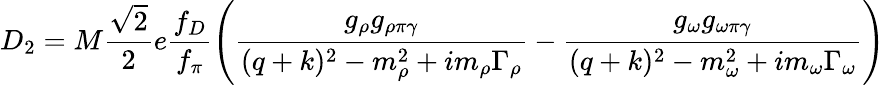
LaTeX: D_{2}=M\frac{\sqrt{2}}{2}e\frac{f_{D}}{f_{\pi}}\left(\frac{g_{\rho}g_{\rho\pi\gamma}}{(q+k)^{2}-m_{\rho}^{2}+im_{\rho}\Gamma_{\rho}}-\frac{g_{\omega}g_{\omega\pi\gamma}}{(q+k)^{2}-m_{\omega}^{2}+im_{\omega}\Gamma_{\omega}}\right)